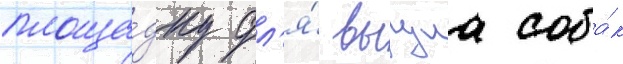
площа́дку дл'я́ выгула соба́к